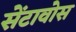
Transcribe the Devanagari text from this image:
सेंटावोस